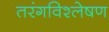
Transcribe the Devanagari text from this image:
तरंगविश्लेषण